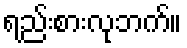
ရည်းစားလုဘက်။